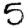
Digit: 5